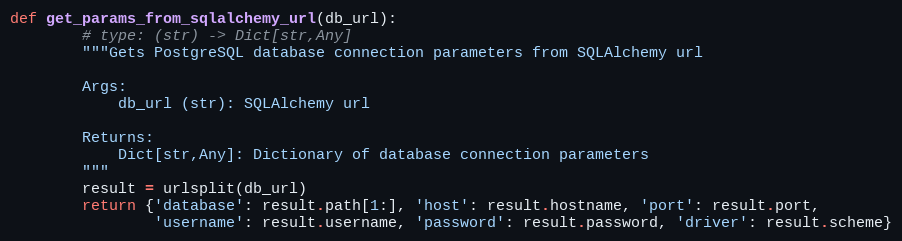
Language: Python
def get_params_from_sqlalchemy_url(db_url):
        # type: (str) -> Dict[str,Any]
        """Gets PostgreSQL database connection parameters from SQLAlchemy url

        Args:
            db_url (str): SQLAlchemy url

        Returns:
            Dict[str,Any]: Dictionary of database connection parameters
        """
        result = urlsplit(db_url)
        return {'database': result.path[1:], 'host': result.hostname, 'port': result.port,
                'username': result.username, 'password': result.password, 'driver': result.scheme}